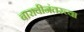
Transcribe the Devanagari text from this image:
बारावीनंतरच्या